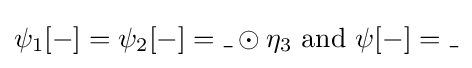
\psi _{1}[-]=\psi _{2}[-]=\_\odot \eta _{3}{\text{ and }}\psi [-]=\_